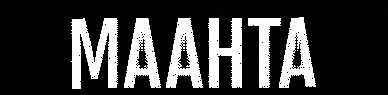
MAAHTA